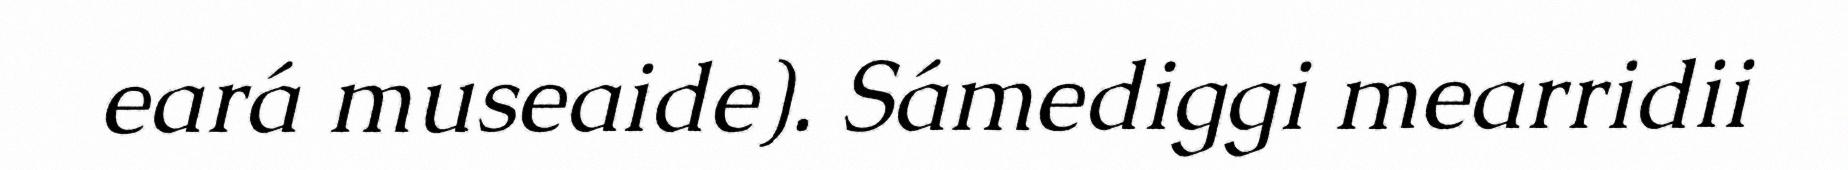
eará museaide). Sámediggi mearridii